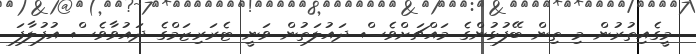
މީގެއިތުރުން މި ތިން ބޭފުޅުންގެ މައްޗަށްވެސް ދައުލަތުން ވަނީ ޓެރަރިޒަމްގެ ދައުވާވެސް އުފުލާފަ